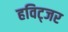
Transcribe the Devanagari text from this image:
हविट्जर